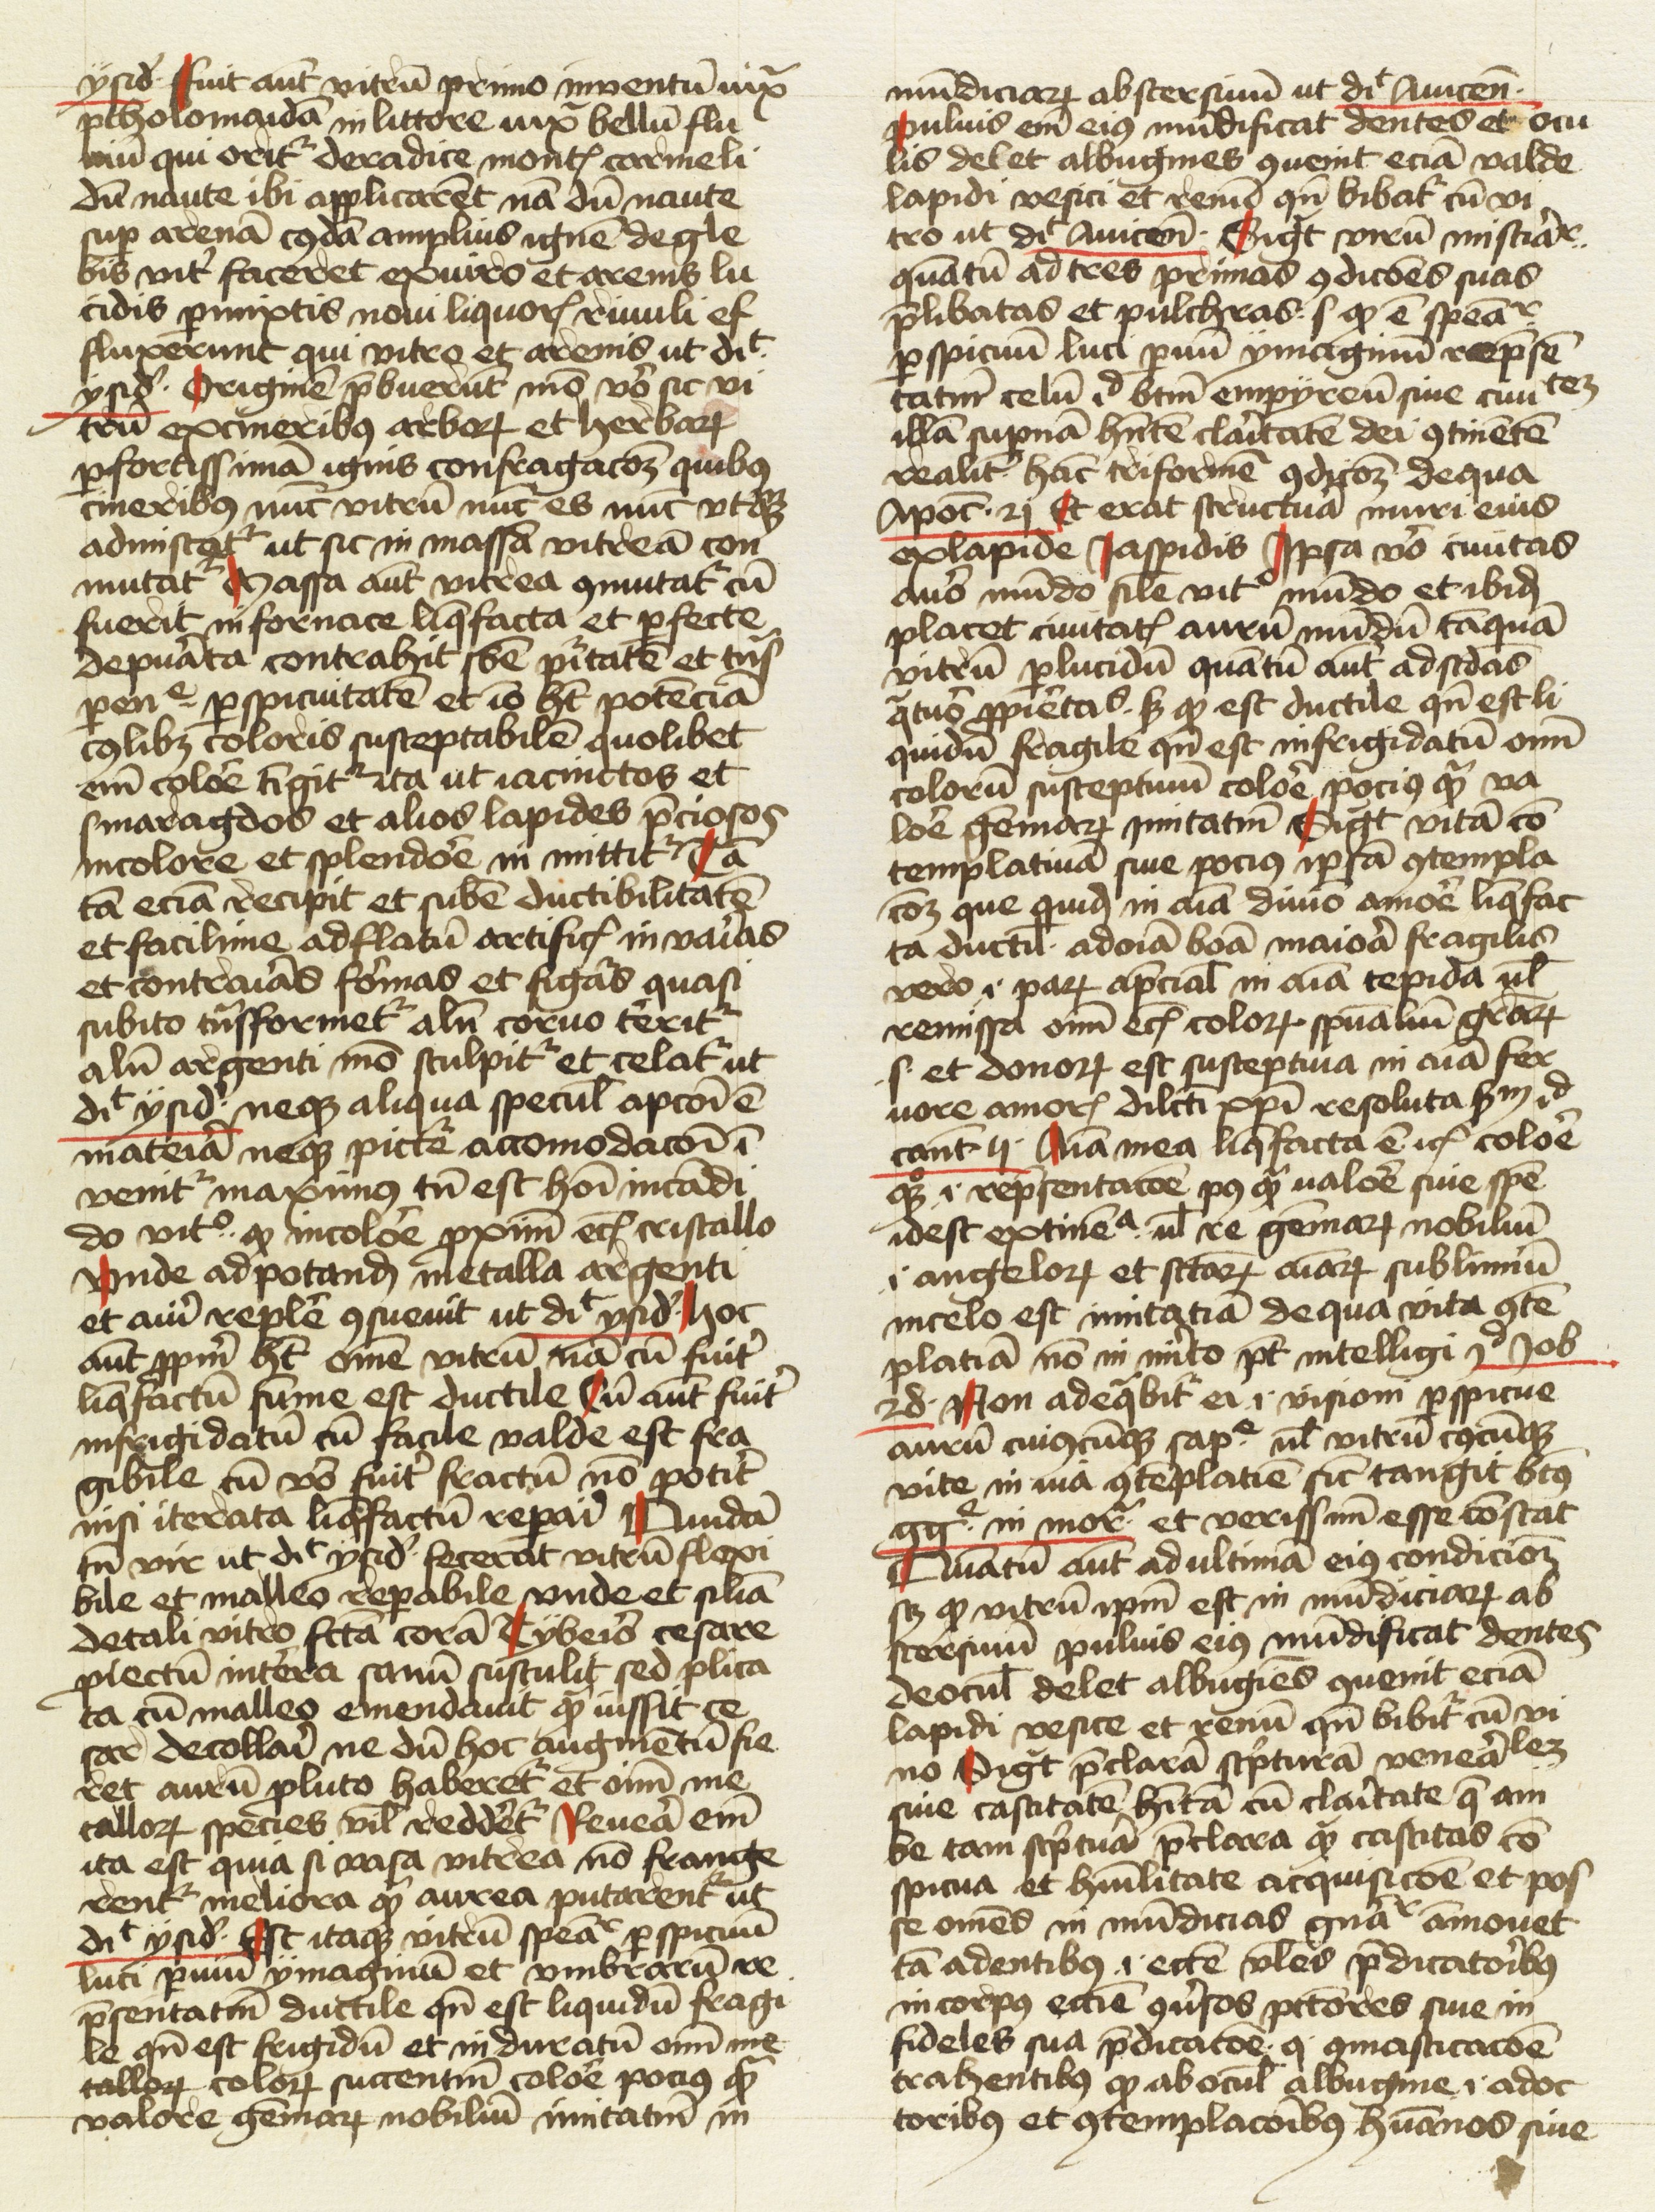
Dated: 1474–1474